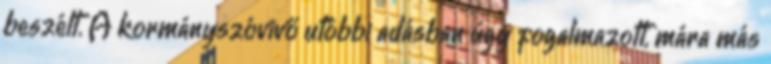
beszélt. A kormányszóvivő utóbbi adásban úgy fogalmazott, mára más